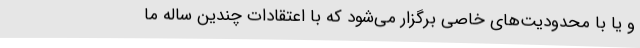
و یا با محدودیت‌های خاصی برگزار می‌شود که با اعتقادات چندین ساله ما